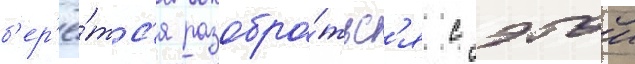
б'ер'ё́тс'я разобра́тьс'я с этои